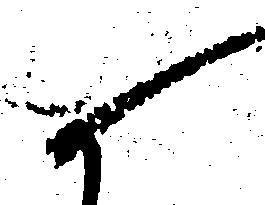
候